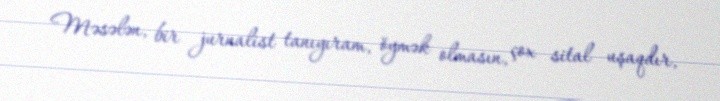
Məsələn, bir jurnalist tanıyıram, öymək olmasın, çox sital uşaqdır,